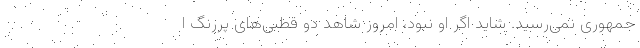
جمهوری نمی‌رسید. شاید اگر او نبود، امروز شاهد دو قطبی‌های پررنگ ا